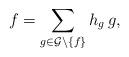
LaTeX: \begin{align*} f= \sum_{g \in \mathcal G \setminus \{f\}} h_g\, g,\end{align*}